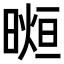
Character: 𣉖